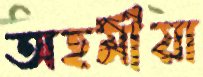
অহমীয়া